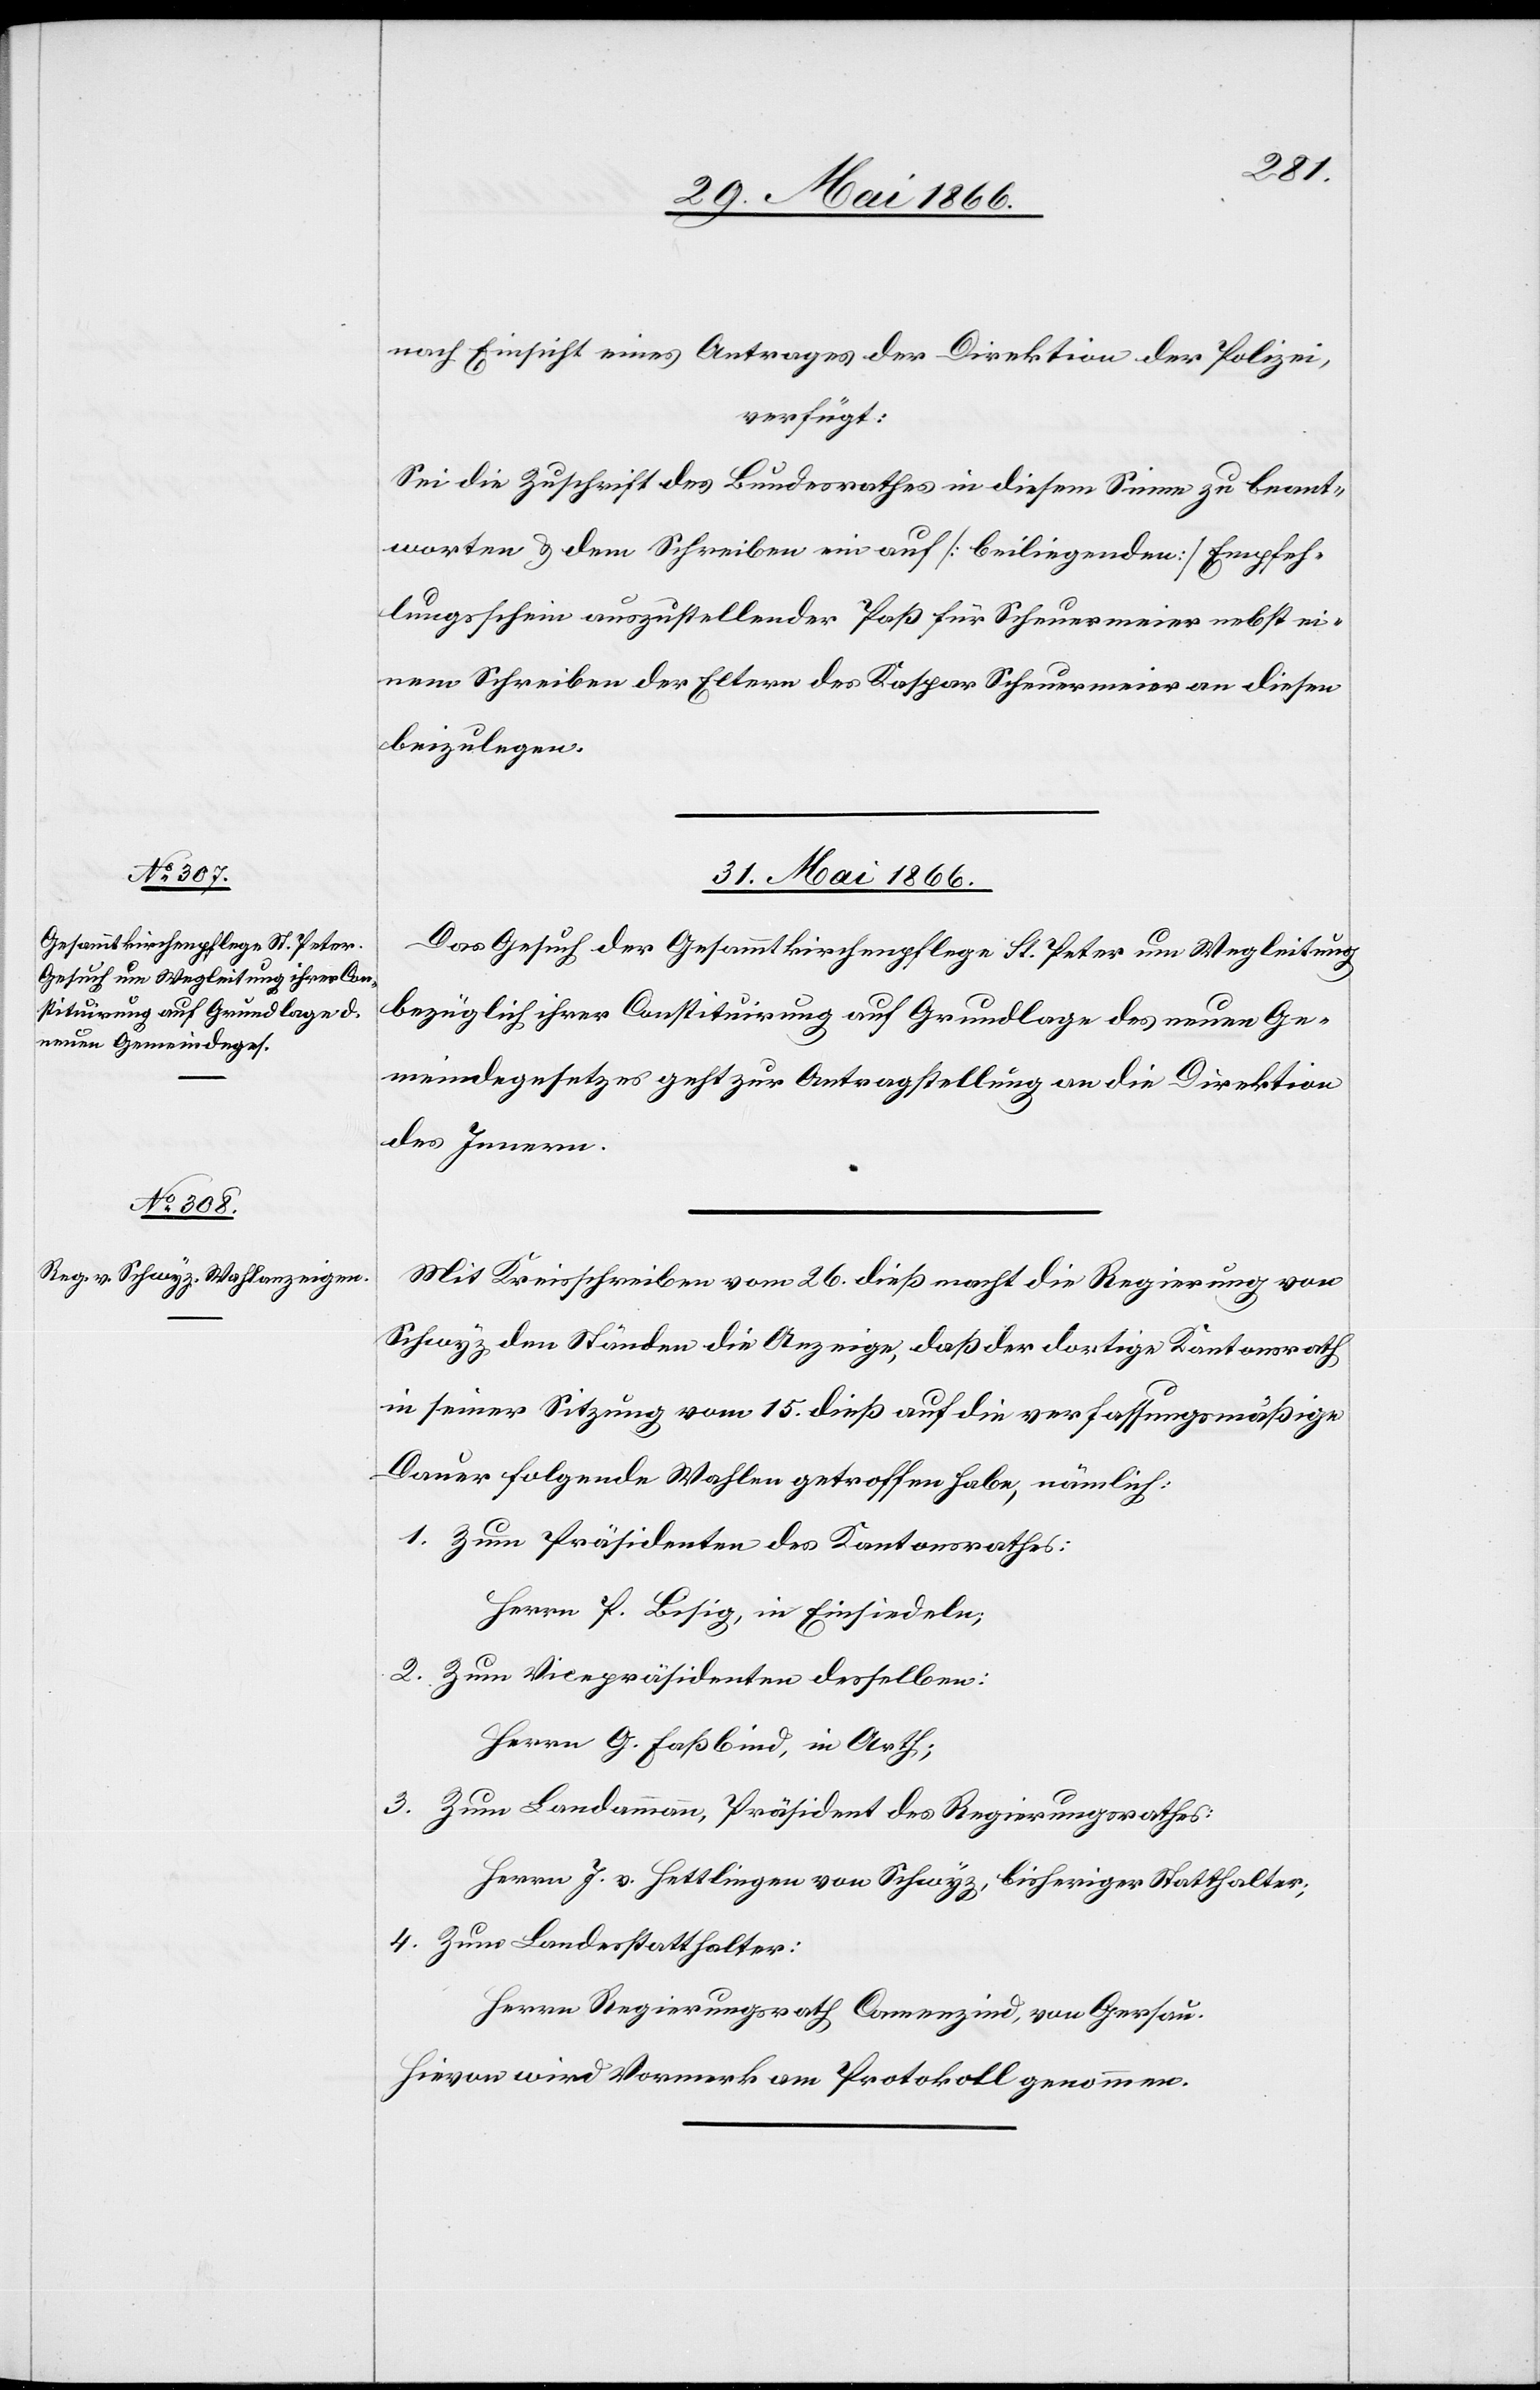
nach Einsicht eines Antrages der Direktion der Polizei,
verfügt:
Sei die Zuschrift des Bundesrathes in diesem Sinne zu beant¬
worten u. dem Schreiben ein auf [beiliegenden] Empfa¬
ngschein auszustellender Paß für Scheuermeier nebst ei¬
nem Schreiben der Eltern des Kaspar Scheuermeier an diesen
beizulegen.
31. Mai 1866.]
Das Gesuch der Gesammtkirchenpflege St. Peter um Wegleitung
bezüglich ihrer Constituirung auf Grundlage des neuen Ge¬
meindegesetzes geht zur Antragstellung an die Direktion
des Innern.
Mit Kreisschreiben vom 26. dieß macht die Regierung von
Schwyz den Ständen die Anzeige, daß der dortige Kantonsrath
in seiner Sitzung vom 15. dieß auf die verfassungsmäßige
Dauer folgende Wahlen getroffen habe, nämlich:
1. Zum Präsidenten des Kantonsrathes:
Herrn P. Bisig, in Einsiedeln;
2. Zum Vicepräsidenten desselben:
Herrn G. Faßbins, in Arth;
3. Zum Landammann, Präsident des Regierungsrathes:
Herrn J. v. Hettlingen von Schwyz, bisheriger Statthalter;
4. Zum Landesstatthalter:
Herrn Regierungsrath Camenzind, von Gersau.
Hievon wird Vormerk am Protokoll genommen.